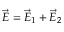
\vec { E } = \vec { E } _ { 1 } + \vec { E } _ { 2 }